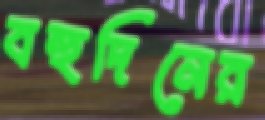
বহুদিনের